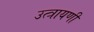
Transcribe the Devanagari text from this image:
उत्त्रायणी